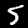
Label: 5